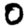
Digit: 0